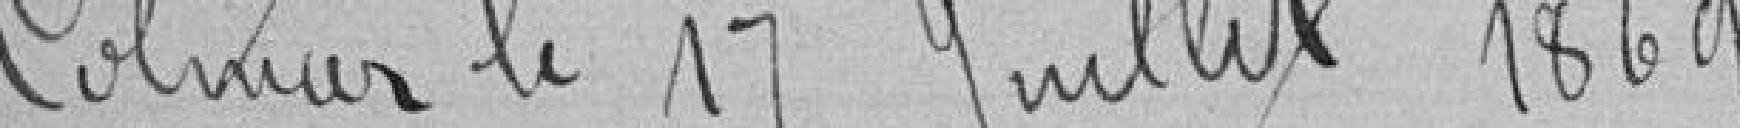
Colmar le 17 juillet 1860